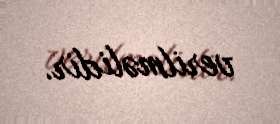
verilməlidir.